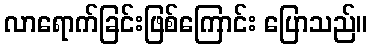
လာရောက်ခြင်းဖြစ်ကြောင်း ပြောသည်။